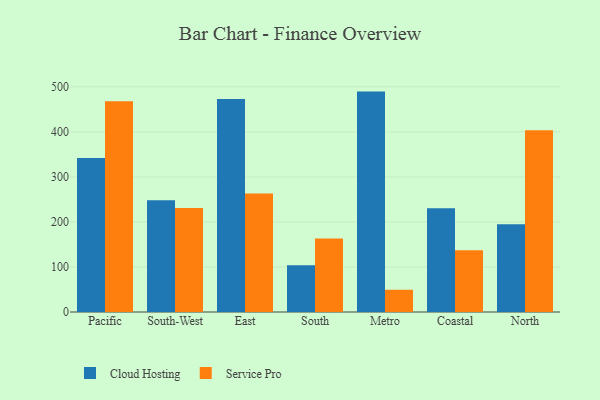
{"axis": {"x": "Region", "y": "Population (Million)"}, "legend": ["Cloud Hosting", "Service Pro"], "data": [{"x": "Pacific", "y": 342.2, "type": "Cloud Hosting"}, {"x": "Pacific", "y": 468.3, "type": "Service Pro"}, {"x": "South-West", "y": 248.4, "type": "Cloud Hosting"}, {"x": "South-West", "y": 231.0, "type": "Service Pro"}, {"x": "East", "y": 472.9, "type": "Cloud Hosting"}, {"x": "East", "y": 263.4, "type": "Service Pro"}, {"x": "South", "y": 104.1, "type": "Cloud Hosting"}, {"x": "South", "y": 163.3, "type": "Service Pro"}, {"x": "Metro", "y": 489.5, "type": "Cloud Hosting"}, {"x": "Metro", "y": 49.4, "type": "Service Pro"}, {"x": "Coastal", "y": 230.4, "type": "Cloud Hosting"}, {"x": "Coastal", "y": 137.1, "type": "Service Pro"}, {"x": "North", "y": 195.1, "type": "Cloud Hosting"}, {"x": "North", "y": 403.7, "type": "Service Pro"}]}